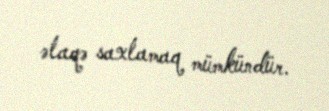
əlaqə saxlamaq mümkündür.